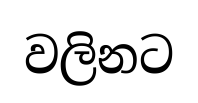
වලිනට